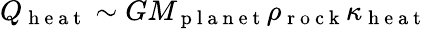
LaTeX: Q_{\mathrm{~h~e~a~t~}}\sim GM_{\mathrm{~p~l~a~n~e~t~}}\rho_{\mathrm{~r~o~c~k~}}\kappa_{\mathrm{~h~e~a~t~}}